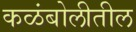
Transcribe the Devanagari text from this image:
कळंबोलीतील